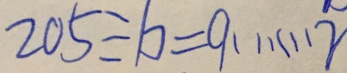
2 0 5 \div b = 9 \cdots r